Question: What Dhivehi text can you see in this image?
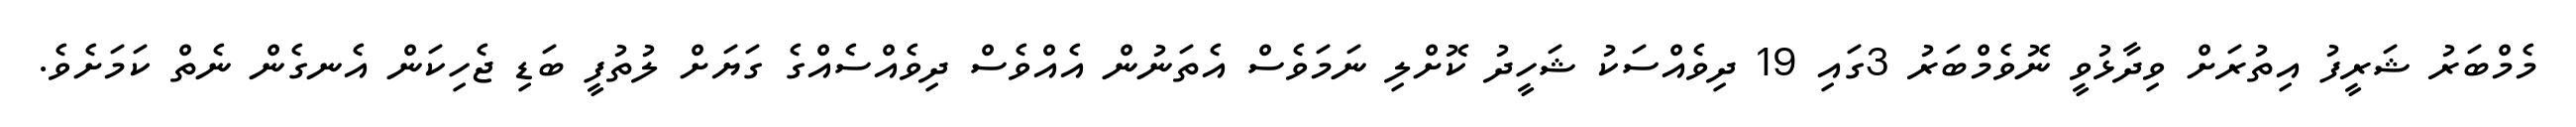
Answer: މެމްބަރު ޝަރީފު އިތުރަށް ވިދާޅުވީ ނޮވެމްބަރު 3ގައި 19 ދިވެއްސަކު ޝަހީދު ކޮށްލި ނަމަވެސް އެތަނުން އެއްވެސް ދިވެއްސެއްގެ ގަޔަށް ލުތުފީ ބަޑި ޖެހިކަން އެނގެން ނެތް ކަމަށެވެ.